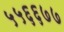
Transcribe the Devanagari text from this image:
५५६६७७